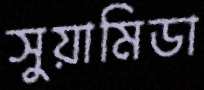
সুয়ামিডা